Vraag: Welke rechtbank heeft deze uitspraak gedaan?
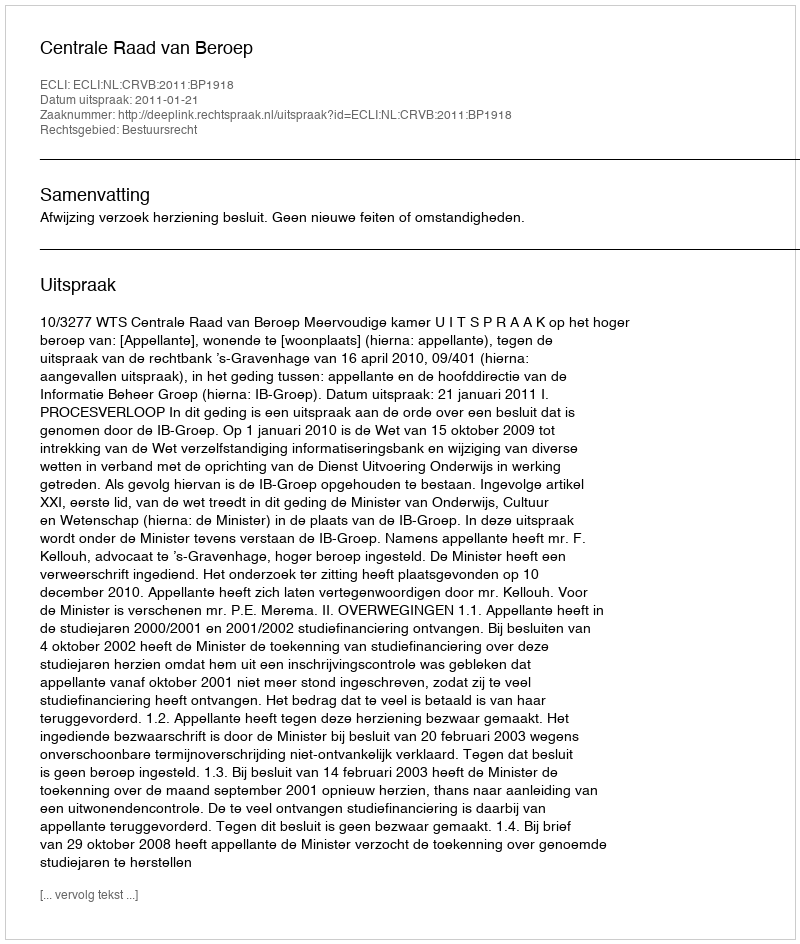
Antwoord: Centrale Raad van Beroep